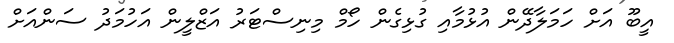
އީބޫ އަށް ހަމަލާދޭން އުޅުމާއި ގުޅިގެން ހޯމް މިނިސްޓަރު އަޒްލީން އަހުމަދު ސަންއަށް